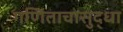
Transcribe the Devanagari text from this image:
गणिताचासुद्धा